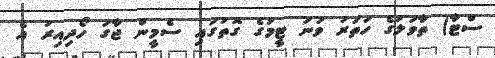
ސްޓާ) ތާވަލުގެ ހަތަރު ވަނަ ޓީމުގެ ގޮތުގައި ސެމީން ޖާގަ ހޯދިއިރު އެ